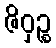
ဇိဝှဉ္စ